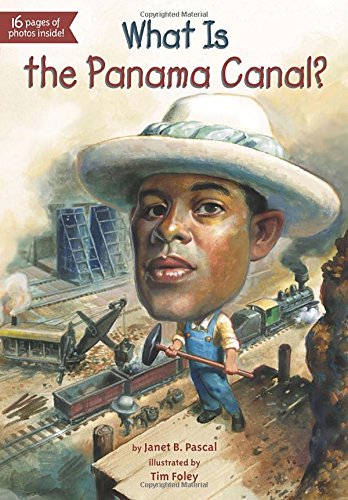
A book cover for What Is the Panama Canal? (What Was...?); Janet Pascal; Children's Books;